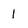
Character: l